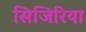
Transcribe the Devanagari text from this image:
सिजिरिया